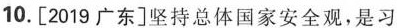
10.[2019广东]坚持总体国家安全观，是习